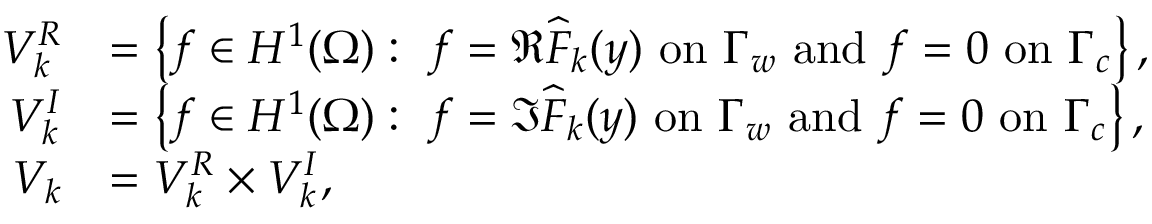
\begin{array} { r l } { V _ { k } ^ { R } } & { = \left\{ f \in H ^ { 1 } ( \Omega ) : \ f = \Re { \widehat { F } _ { k } ( y ) } \mathrm { ~ o n ~ } \Gamma _ { w } \mathrm { ~ a n d ~ } f = 0 \mathrm { ~ o n ~ } \Gamma _ { c } \right\} , } \\ { V _ { k } ^ { I } } & { = \left\{ f \in H ^ { 1 } ( \Omega ) : \ f = \Im { \widehat { F } _ { k } ( y ) } \mathrm { ~ o n ~ } \Gamma _ { w } \mathrm { ~ a n d ~ } f = 0 \mathrm { ~ o n ~ } \Gamma _ { c } \right\} , } \\ { V _ { k } } & { = V _ { k } ^ { R } \times V _ { k } ^ { I } , } \end{array}